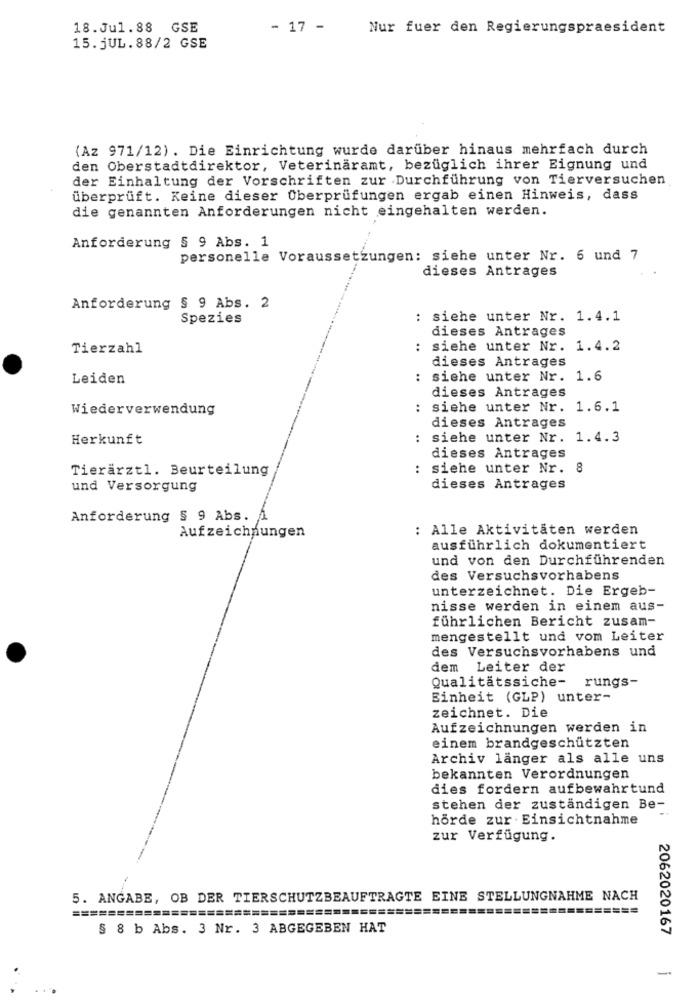
18.Jul.88 GSE
- 17 -
Nur fuer den Regierungspraesident
15.JUL.88/2 GSE
(Az 971/12) . Die Einrichtung wurde darüber hinaus mehrfach durch
den Oberstadtdirektor, Veterinäramt, bezüglich ihrer Eignung und
der Einhaltung der Vorschriften zur Durchführung von Tierversuchen
überprüft. Keine dieser Überprüfungen ergab einen Hinweis, dass
die genannten Anforderungen nicht eingehalten werden.
Anforderung § 9 Abs. 1
personelle Voraussetzungen: siehe unter Nr. 6 und 7
dieses Antrages
Anforderung § 9 Abs. 2
Spezies
: siehe unter Nr. 1.4.1
dieses Antrages
Tierzahl
: siehe unter Nr. 1.4.2
dieses Antrages
Leiden
: siehe unter Nr. 1.6
dieses Antrages
Wiederverwendung
..
siehe unter Nr. 1.6.1
dieses Antrages
Herkunft
siehe unter Nr. 1.4.3
..
dieses Antrages
Tierarztl. Beurteilung
siehe unter Nr.
..
8
und Versorgung
dieses Antrages
Anforderung § 9 Abs. 1
Aufzeichnungen
: Alle Aktivitäten werden
ausführlich dokumentiert
und von den Durchführenden
des Versuchsvorhabens
unterzeichnet. Die Ergeb-
nisse werden in einem aus-
führlichen Bericht zusam-
mengestellt und vom Leiter
des Versuchsvorhabens und
dem Leiter der
Qualitatssiche-
rungs-
Einheit (GLP) unter-
zeichnet. Die
Aufzeichnungen werden in
einem brandgeschützten
Archiv länger als alle uns
bekannten Verordnungen
dies fordern aufbewahrtund
stehen der zuständigen Be-
hörde zur Einsichtnahme
zur Verfügung.
5. ANGABE, OB DER TIERSCHUTZBEAUFTRAGTE EINE STELLUNGNAHME NACH
====
===
=====================
==================
§ 8 b Abs. 3 Nr. 3 ABGEGEBEN HAT
2062020167